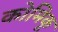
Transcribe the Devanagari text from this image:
कोमिकू